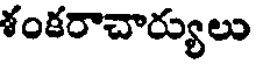
శంకరాచార్యులు